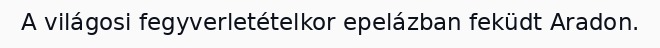
A világosi fegyverletételkor epelázban feküdt Aradon.